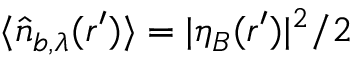
\langle \hat { n } _ { b , \lambda } ( \boldsymbol { r } ^ { \prime } ) \rangle = | \eta _ { B } ( \boldsymbol { r } ^ { \prime } ) | ^ { 2 } / 2